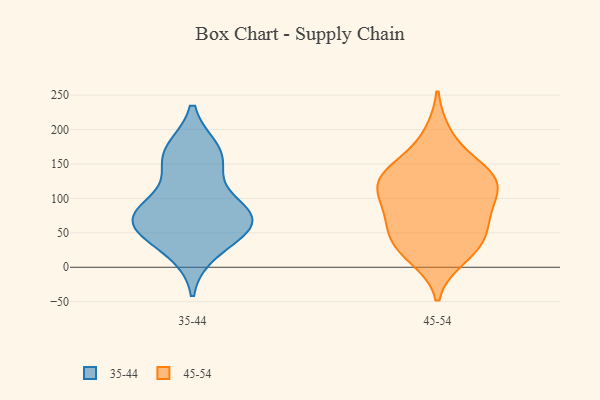
{"axis": {"x": "Production Output", "y": "Value"}, "legend": ["35-44", "45-54"], "data": [{"x": "", "y": 77, "type": "35-44"}, {"x": "", "y": 48, "type": "35-44"}, {"x": "", "y": 168, "type": "35-44"}, {"x": "", "y": 78, "type": "35-44"}, {"x": "", "y": 163, "type": "35-44"}, {"x": "", "y": 74, "type": "35-44"}, {"x": "", "y": 150, "type": "35-44"}, {"x": "", "y": 67, "type": "35-44"}, {"x": "", "y": 25, "type": "35-44"}, {"x": "", "y": 74, "type": "35-44"}, {"x": "", "y": 145, "type": "45-54"}, {"x": "", "y": 39, "type": "45-54"}, {"x": "", "y": 74, "type": "45-54"}, {"x": "", "y": 119, "type": "45-54"}, {"x": "", "y": 128, "type": "45-54"}, {"x": "", "y": 75, "type": "45-54"}, {"x": "", "y": 83, "type": "45-54"}, {"x": "", "y": 137, "type": "45-54"}, {"x": "", "y": 117, "type": "45-54"}, {"x": "", "y": 123, "type": "45-54"}, {"x": "", "y": 16, "type": "45-54"}, {"x": "", "y": 34, "type": "45-54"}, {"x": "", "y": 191, "type": "45-54"}, {"x": "", "y": 34, "type": "45-54"}]}